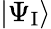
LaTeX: |\Psi_{\mathrm{I}}\rangle